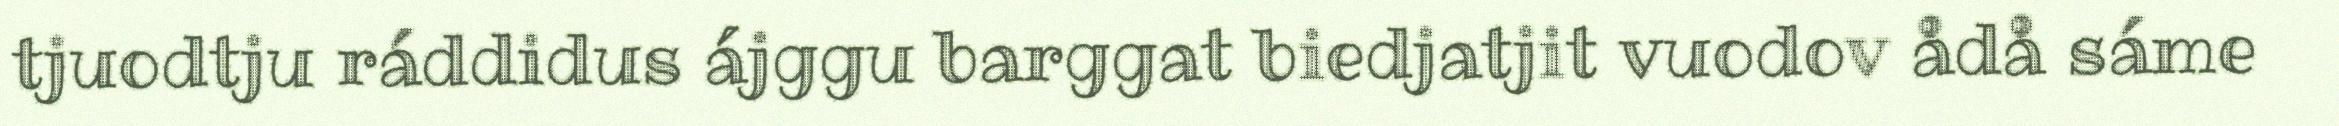
tjuodtju ráddidus ájggu barggat biedjatjit vuodov ådå sáme